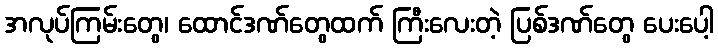
အလုပ်ကြမ်းတွေ၊ ထောင်ဒဏ်တွေထက် ကြီးလေးတဲ့ ပြစ်ဒဏ်တွေ ပေးပေါ့